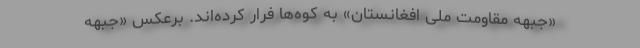
«جبهه مقاومت ملی افغانستان» به کوه‌ها فرار کرده‌اند. برعکس «جبهه